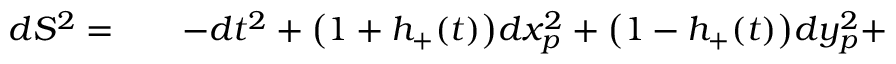
\begin{array} { r l r } { d S ^ { 2 } = } & { { } } & { - d t ^ { 2 } + \bigl ( 1 + h _ { + } ( t ) \bigr ) d x _ { p } ^ { 2 } + \bigl ( 1 - h _ { + } ( t ) \bigr ) d y _ { p } ^ { 2 } + } \end{array}